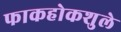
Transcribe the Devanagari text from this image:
फाकहोकशुले